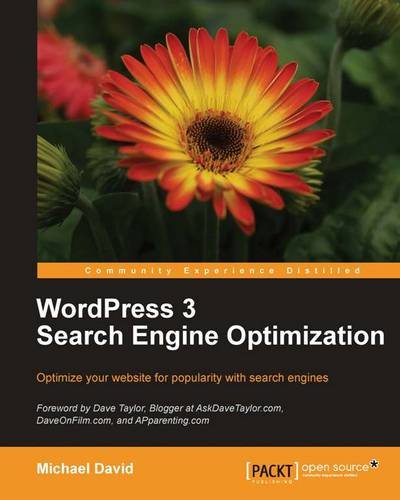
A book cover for WordPress 3 Search Engine Optimization; Michael David; Computers & Technology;